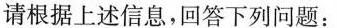
请根据上述信息，回答下列问题：